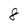
Character: 8